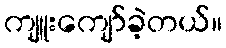
ကျူးကျော်ခဲ့တယ်။